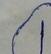
Signature authenticity: forged